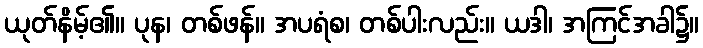
ယုတ်နိမ့်၏။ ပုန၊ တစ်ဖန်။ အပရံစ၊ တစ်ပါးလည်း။ ယဒါ၊ အကြင်အခါ၌။